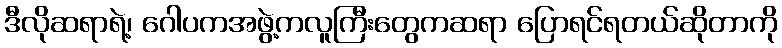
ဒီလိုဆရာရဲ့၊ ဂေါပကအဖွဲ့ကလူကြီးတွေကဆရာ ပြောရင်ရတယ်ဆိုတာကို